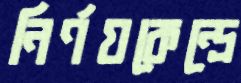
নির্ণয়কেন্দ্রে